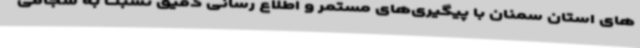
های استان سمنان با پیگیری‌های مستمر و اطلاع رسانی دقیق نسبت به سجامی